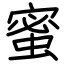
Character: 蜜